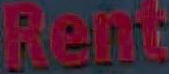
Rent